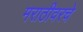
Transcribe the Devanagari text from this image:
मराठीवरचे